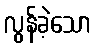
လွန်ခဲ့သော